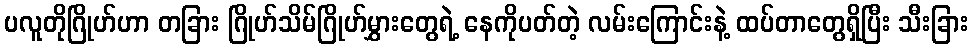
ပလူတိုဂြိုဟ်ဟာ တခြား ဂြိုဟ်သိမ်ဂြိုဟ်မွှားတွေရဲ့ နေကိုပတ်တဲ့ လမ်းကြောင်းနဲ့ ထပ်တာတွေရှိပြီး သီးခြား